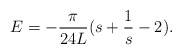
\begin{align*}E=-\frac{\pi}{24 L}(s+\frac{1}{s}-2).\end{align*}